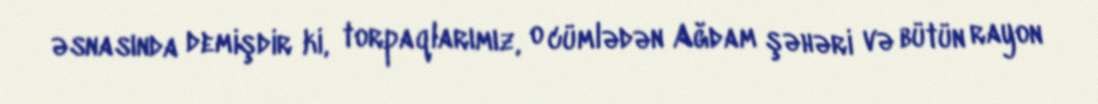
əsnasında demişdir ki, torpaqlarımız, o cümlədən Ağdam şəhəri və bütün rayon